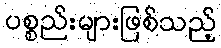
ပစ္စည်းများဖြစ်သည့်